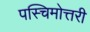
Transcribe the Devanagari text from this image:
पस्चिमोत्तरी